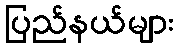
ပြည်နယ်များ